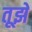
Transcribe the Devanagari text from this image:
तूझे